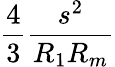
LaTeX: \frac{4}{3}\frac{s^{2}}{R_{1}R_{m}}